Report on sanitation, dispensaries, and jails in Rajputana for 1917, and on vaccination for the year 1917-1918 - 1917-1918
Year: 1917
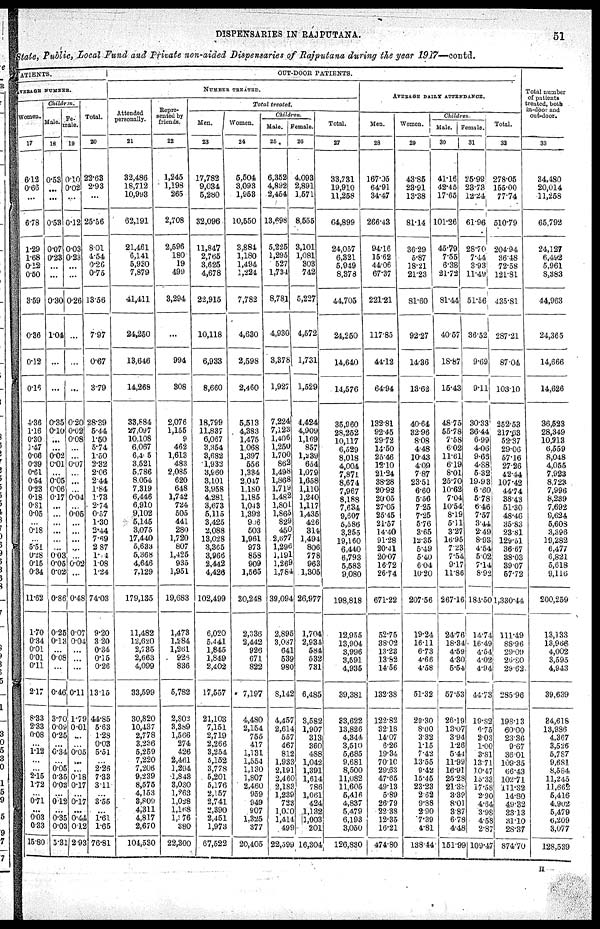
DISPENSARIES IN RAJPUTANA.
51
State, Public, Local Fund and Private non-aided Dispensaries of Rajputana during the year 1917—contd.
PATIENTS.
AVERAGE NUMBER.
Women.
17
6.12
0.66
...
6.78
1.29
1.68
0.12
0.50
3.59
0.36
0.12
0.16
4.36
1.16
0.30
1.47
0.06
0.39
0.61
0.54
0.23
0.18
0.81
0.05
...
0.18
...
5.51
0.28
0.15
0.34
11.62
1.70
0.34
0.01
0.01
0.11
2.17
8.33
2.33
0.08
...
1.12
...
...
2.15
1.72
...
0.71
...
0.03
0.33
15.80
Children.
Male.
18
0.53
...
...
0.53
0.07
0.23
...
...
0.30
1.04
...
...
0.35
0.10
...
...
0.02
0.01
...
0.05
0.06
0.17
...
...
...
...
...
...
0.03
0.05
0.02
0.86
0.25
0.13
...
0.08
...
0.46
3.70
0.09
0.25
...
0.34
...
0.05
0.35
0.03
...
0.12
...
0.35
0.03
5.31
Fe¬
male.
19
0.10
0.02
....
0.12
0.03
0.23
...
...
0.26
...
...
...
0.20
0.02
0.08
...
...
0.07
...
...
...
0.04
...
0.05
...
...
...
...
...
0.02
...
0.48
0.07
0.04
...
...
...
0.11
1.79
0.01
...
...
0.05
...
...
0.18
0.17
...
0.17
...
0.44
0.12
2.93
Total.
20
22.63
2.93
...
25.56
8.01
4.54
0.26
0.75
13.56
7.97
0.67
3.79
28.39
5.44
1.50
5.74
1.50
2.32
2.06
2.44
1.84
1.73
2.74
0.57
1.30
2.44
7.69
2.87
1.74
1.08
1.24
74.03
9.20
3.20
0.34
0.15
0.26
13.15
44.85
5.63
1.28
0.03
5.51
...
2.26
7.33
3.11
...
3.55
...
1.61
1.65
76.81
OUT-DOOR PATIENTS.
NUMBER TREATED.
Attended
personally.
21
32,486
18,712
10,993
62,191
21,461
6,141
5,930
7,879
41,411
24,250
13,646
14,268
33,884
27,097
10,108
6,067
6,405
3,521
5,786
8,054
7,319
6,446
6,910
9,102
5,145
3,075
17,440
5,633
5,368
4,646
7,129
179,135
11,482
12,620
2,735
2,663
4,099
33,599
30,820
10,437
2,778
3,236
5,259
7,220
7,206
9,239
8,575
4,153
3,809
4,311
4,817
2,670
104,530
Repre-
sented by
friends.
22
1,245
1,198
265
2,708
2,596
180
19
499
3,294
...
994
308
2,076
1,155
9
462
1,613
483
2,085
620
648
1,742
724
505
441
280
1,720
807
1,425
935
1,951
19,683
1,473
1,284
1,261
928
836
5,782
2,802
3,389
1,566
274
426
2,461
1,294
1,843
3,030
1,263
1,028
1,168
1,376
380
22,300
Total treated.
Men.
23
17,782
9,034
5,280
32,096
11,847
2,765
3,625
4,678
22,915
10,118
6,933
8,660
18,799
11,837
6,067
3,354
3,682
1,932
3,960
3,101
3,958
4,281
3,673
5,115
3,425
2,088
13,028
3,365
3,966
2,442
4,426
102,499
6,020
5,441
1,845
1,849
2,402
17,557
21,103
7,151
2,719
2,266
3,254
5,152
3,778
5,201
5,176
2,157
2,741
2,390
2,451
1,973
67,522
Women.
24
5,504
3,093
1,953
10,550
3,884
1,180
1,494
1,224
7,782
4,630
2,598
2,460
5,513
4,383
1,475
1,068
1,397
556
1,334
2,047
1,180
1,185
1,043
1,392
906
503
1,961
973
858
909
1,565
30,248
2,336
2,442
926
671
822
7,197
4,480
2,154
755
417
1,131
1,554
1,130
1,807
2,460
959
949
907
1,325
377
20,405
Children.
Male.
25
6,352
4,892
2,454
13,698
5,225
1,295
527
1,734
8,781
4,930
3,378
1,927
7,224
7,123
1,406
1,250
1,700
862
1,498
1,868
1,719
1,482
1,801
1,865
829
450
2,677
1,296
1,191
1,269
1,784
39,094
2,895
3,087
641
539
980
8,142
4,457
2,614
557
467
812
1,933
2,191
2,460
2,183
1,239
723
1,050
1,414
499
22,599
Female.
26
4,093
2,891
1,571
8,555
3,101
1,081
303
742
5,227
4,572
1,731
1,529
4,424
4,909
1,169
857
1,239
654
1,079
1,658
1,110
1,240
1,117
1,435
426
314
1,494
806
778
963
1,305
26,977
1,704
2,934
584
532
731
6,485
3,582
1,907
313
360
488
1,042
1,391
1,614
786
1,061
424
1,132
1,003
201
16,304
Total.
27
33,731
19,910
11,258
64,899
24,057
6,321
5,949
8,378
44,705
24,250
14,640
14,576
35,960
28,252
10,117
6,529
8,018
4,004
7,871
8,674
7,967
8,188
7,634
9,607
5,586
3,355
19,160
6,440
6,793
5,583
9,080
198,818
12,955
13,904
3,996
3,591
4,935
39,381
33,622
13,826
4,344
3,510
5,685
9,681
8,500
11,082
11,605
5,416
4,837
5,479
6,193
3,050
126,830
AVERAGE DAILY ATTENDANCE.
Men.
28
167.05
64.91
34.47
266.43
94.16
15.62
44.06
67.37
221.21
117.85
44.12
64.94
132.81
92.45
29.72
14.50
25.46
12.10
21.24
38.28
20.92
20.05
27.05
25.45
21.57
14.40
91.28
20.41
20.07
16.72
26.74
671.22
52.75
38.02
13.23
13.82
14.56
132.38
122.82
32.18
14.07
6.26
19.34
70.10
29.63
47.65
49.13
5.89
26.79
22.38
12.35
16.21
474.80
Women.
29
43.85
23.91
13.38
81.14
36.29
5.87
18.21
21.23
81.60
92.27
14.36
13.62
40.64
32.96
8.08
4.48
10.43
4.09
7.87
23.51
6.60
5.56
7.25
7.25
5.76
3.65
12.35
5.49
5.40
6.04
10.20
207.56
19.24
16.11
6.73
4.66
4.58
51.32
29.30
8.00
3.32
1.15
7.42
13.55
9.42
15.45
23.23
2.62
9.88
2.90
7.39
4.81
138.44
Children.
Male.
30
41.16
42.45
17.65
101.26
45.79
7.55
6.38
21.72
81.44
40.57
18.87
15.43
48.75
55.78
7.58
6.02
11.61
6.19
8.01
25.70
10.62
7.04
10.54
8.19
5.11
3.27
16.95
7.23
7.54
9.17
11.86
267.16
24.76
18.34
4.59
4.30
5.54
57.53
26.19
13.07
3.94
1.26
5.44
11.99
16.91
25.28
21.38
3.39
8.01
3.87
6.78
4.48
151.99
Female.
31
25.99
23.73
12.24
61.96
28.70
7.44
3.93
11.49
51.56
36.52
9.69
9.11
30.33
36.44
6.99
4.06
9.66
4.88
5.32
19.93
6.60
5.78
6.46
7.57
3.44
2.49
8.93
4.54
5.02
7.14
8.92
184.50
14.74
16.49
4.54
4.02
4.94
44.73
19.82
6.75
2.03
1.00
3.81
13.71
10.47
15.33
17.58
2.90
4.64
3.98
4.58
2.87
109.47
Total.
32
278.05
155.00
77.74
510.79
204.94
36.48
72.58
121.81
435.81
287.21
87.04
103.10
252.53
217 .63
52.37
29.06
57.16
27.26
42.44
107.42
44.74
38.43
51.30
48.46
35.83
23.81
129.51
36.67
38.03
39.07
57.72
1,330.44
111.49
88.96
29.09
26.80
29.62
285.96
198.13
60.00
23.36
9.67
36.01
109.35
66.43
102.71
111.32
14.80
49.32
33.13
31.10
28.37
874.70
Total number
of patients
treated, both
in-door and
out-door.
33
34,480
20,014
11,258
65,792
24,127
6,492
5,961
8,383
44,963
24,365
14,666
14,626
36,523
28,349
10,213
6,559
8,048
4,055
7,923
8,723
7,996
8,239
7,692
9,624
5,608
3,396
19,282
6,477
6,821
5,618
9,116
200,259
13,133
13,966
4,002
3,595
4,943
39,639
34,618
13,986
4,367
3,526
5,787
9,681
8,584
11,245
11,662
5,416
4,902
5,479
6,209
3,077
128,539
H